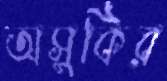
অসুকির